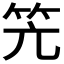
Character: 𮅂